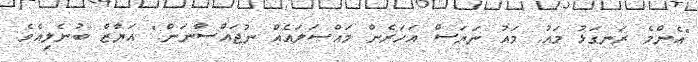
"އެންމެ ރަނގަޅު މައު. މައު ނަޔަސް އަހަރެން މައްސަލައެއް ނުޖައްސާނަން." އަޔާޒް ބުނެލިއެވެ.